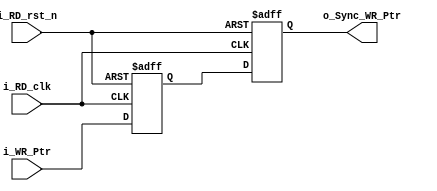
// Catch Write Pointer in RD_clk domain
module Sync_W2R

	// Parameters
	#(parameter WIDTH = 8)
	
	(
	input i_RD_clk, i_RD_rst_n,
	input [WIDTH:0] i_WR_Ptr,
	output reg [WIDTH:0] o_Sync_WR_Ptr
	);

	reg [WIDTH:0] r_WR_Ptr;

	always @(posedge i_RD_clk or negedge i_RD_rst_n)
	begin
		if (!i_RD_rst_n)
		begin
			o_Sync_WR_Ptr <= 1'b0;
			r_WR_Ptr <= 1'b0;
		end
		else
		begin
			o_Sync_WR_Ptr <= r_WR_Ptr;
			r_WR_Ptr <= i_WR_Ptr;
		end 	
	end
endmodule